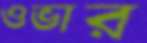
ওভার